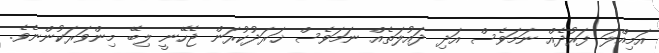
އަމިއްލަ ފަރުދެއް ނަމަވެސް އަދި ދައުލަތެއް ނަމަވެސް ޚަރަދުކުރަން ޖެހޭނީ ލިބޭ މިންވަރަކުންނެވެ.